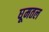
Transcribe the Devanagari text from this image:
घूमतल